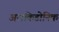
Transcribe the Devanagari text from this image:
अराकिडोनिक